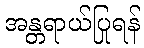
အန္တရာယ်ပြုရန်